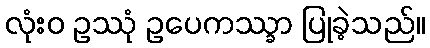
လုံးဝ ဥဿုံ ဥပေကဿ္ခာ ပြုခဲ့သည်။